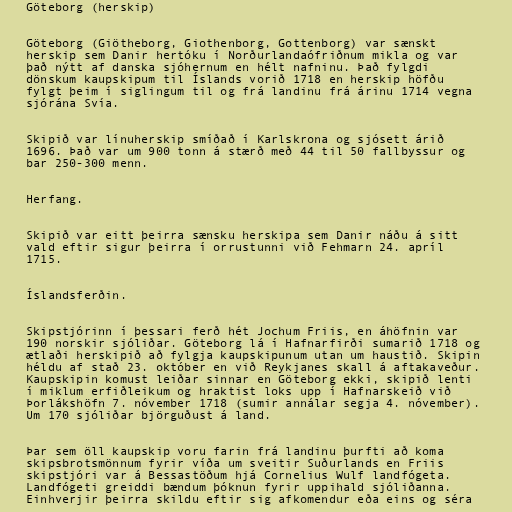
Göteborg (herskip)

Göteborg (Giötheborg, Giothenborg, Gottenborg) var sænskt
herskip sem Danir hertóku í Norðurlandaófriðnum mikla og var
það nýtt af danska sjóhernum en hélt nafninu. Það fylgdi
dönskum kaupskipum til Íslands vorið 1718 en herskip höfðu
fylgt þeim í siglingum til og frá landinu frá árinu 1714 vegna
sjórána Svía.

Skipið var línuherskip smíðað í Karlskrona og sjósett árið
1696. Það var um 900 tonn á stærð með 44 til 50 fallbyssur og
bar 250-300 menn.

Herfang.

Skipið var eitt þeirra sænsku herskipa sem Danir náðu á sitt
vald eftir sigur þeirra í orrustunni við Fehmarn 24. apríl
1715.

Íslandsferðin.

Skipstjórinn í þessari ferð hét Jochum Friis, en áhöfnin var
190 norskir sjóliðar. Göteborg lá í Hafnarfirði sumarið 1718 og
ætlaði herskipið að fylgja kaupskipunum utan um haustið. Skipin
héldu af stað 23. október en við Reykjanes skall á aftakaveður.
Kaupskipin komust leiðar sinnar en Göteborg ekki, skipið lenti
í miklum erfiðleikum og hraktist loks upp í Hafnarskeið við
Þorlákshöfn 7. nóvember 1718 (sumir annálar segja 4. nóvember).
Um 170 sjóliðar björguðust á land.

Þar sem öll kaupskip voru farin frá landinu þurfti að koma
skipsbrotsmönnum fyrir víða um sveitir Suðurlands en Friis
skipstjóri var á Bessastöðum hjá Cornelius Wulf landfógeta.
Landfógeti greiddi bændum þóknun fyrir uppihald sjóliðanna.
Einhverjir þeirra skildu eftir sig afkomendur eða eins og séra